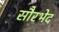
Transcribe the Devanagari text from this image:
सौरभेद